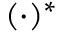
( \cdot ) ^ { * }